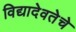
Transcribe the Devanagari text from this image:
विद्यादेवतेचे